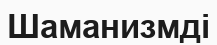
Шаманизмді